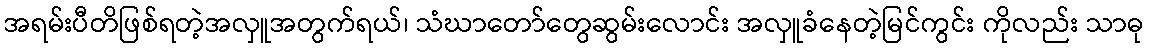
အရမ်းပီတိဖြစ်ရတဲ့အလှူအတွက်ရယ်၊ သံဃာတော်တွေဆွမ်းလောင်း အလှူခံနေတဲ့မြင်ကွင်း ကိုလည်း သာဓု